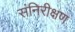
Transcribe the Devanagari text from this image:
संनिरीक्षण